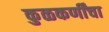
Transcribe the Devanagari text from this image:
कुळकर्णींचा